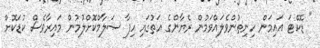
" ޑޮކްޓަ އައިމަން ހިނިތުންވެލައްވަމުން ރެޔާންގެ އަތުގައި ހިފާ ސަލާމްކޮށްލުމުން މައިރާވެސް ކުޑަކޮށް